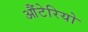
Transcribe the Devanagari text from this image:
औंटेरियो